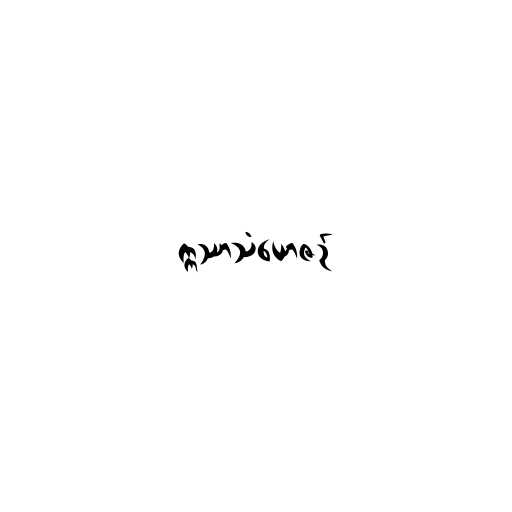
ဣဿာသံယောဇဉ်